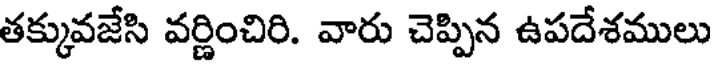
తక్కువజేసి వర్ణించిరి. వారు చెప్పిన ఉపదేశములు